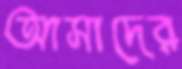
আসাদের